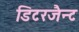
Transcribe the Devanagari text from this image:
डिटरजैन्ट